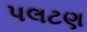
પલટણ